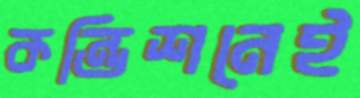
কন্ডিশনেই